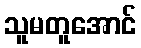
သူမတူအောင်